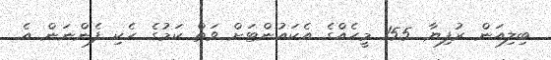
ބިލިއަން ރުފިޔާ